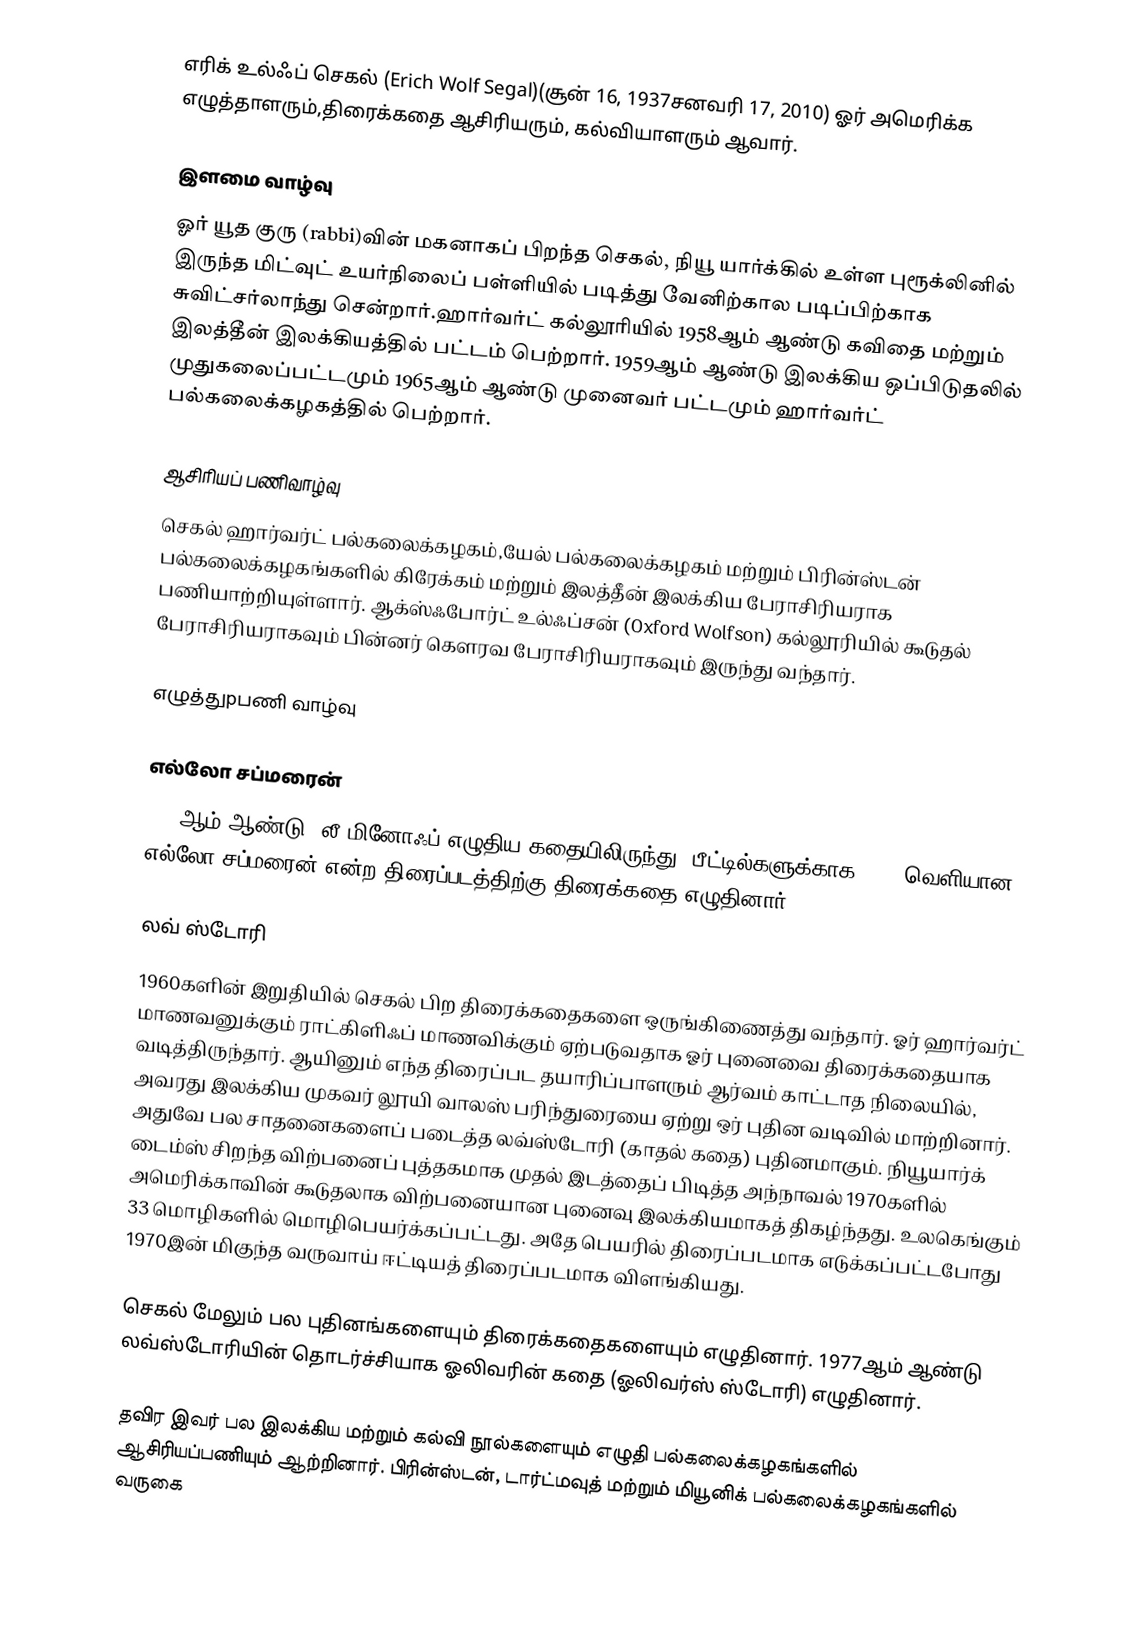
எரிக் உல்ஃப் செகல் (Erich Wolf Segal)(சூன் 16, 1937சனவரி 17, 2010) ஓர் அமெரிக்க எழுத்தாளரும்,திரைக்கதை ஆசிரியரும், கல்வியாளரும் ஆவார்.

இளமை வாழ்வு
ஓர் யூத குரு (rabbi)வின் மகனாகப் பிறந்த செகல், நியூ யார்க்கில் உள்ள புரூக்லினில் இருந்த மிட்வுட் உயர்நிலைப் பள்ளியில் படித்து வேனிற்கால படிப்பிற்காக சுவிட்சர்லாந்து சென்றார்.ஹார்வர்ட் கல்லூரியில் 1958ஆம் ஆண்டு கவிதை மற்றும் இலத்தீன் இலக்கியத்தில் பட்டம் பெற்றார். 1959ஆம் ஆண்டு இலக்கிய ஒப்பிடுதலில் முதுகலைப்பட்டமும் 1965ஆம் ஆண்டு முனைவர் பட்டமும் ஹார்வர்ட் பல்கலைக்கழகத்தில் பெற்றார்.

ஆசிரியப் பணிவாழ்வு
செகல் ஹார்வர்ட் பல்கலைக்கழகம்,யேல் பல்கலைக்கழகம் மற்றும் பிரின்ஸ்டன் பல்கலைக்கழகங்களில் கிரேக்கம் மற்றும் இலத்தீன் இலக்கிய பேராசிரியராக பணியாற்றியுள்ளார். ஆக்ஸ்ஃபோர்ட் உல்ஃப்சன் (Oxford Wolfson) கல்லூரியில் கூடுதல் பேராசிரியராகவும் பின்னர் கௌரவ பேராசிரியராகவும் இருந்து வந்தார்.

எழுத்துpபணி வாழ்வு

எல்லோ சப்மரைன்
1967ஆம் ஆண்டு, லீ மினோஃப் எழுதிய கதையிலிருந்து, பீட்டில்களுக்காக 1968 வெளியான எல்லோ சப்மரைன் என்ற திரைப்படத்திற்கு திரைக்கதை எழுதினார்.

லவ் ஸ்டோரி
1960களின் இறுதியில் செகல் பிற திரைக்கதைகளை ஒருங்கிணைத்து வந்தார். ஓர் ஹார்வர்ட் மாணவனுக்கும் ராட்கிளிஃப் மாணவிக்கும் ஏற்படுவதாக ஓர் புனைவை திரைக்கதையாக வடித்திருந்தார். ஆயினும் எந்த திரைப்பட தயாரிப்பாளரும் ஆர்வம் காட்டாத நிலையில், அவரது இலக்கிய முகவர் லூயி வாலஸ் பரிந்துரையை ஏற்று ஒர் புதின வடிவில் மாற்றினார். அதுவே பல சாதனைகளைப் படைத்த லவ்ஸ்டோரி (காதல் கதை) புதினமாகும். நியூயார்க் டைம்ஸ் சிறந்த விற்பனைப் புத்தகமாக முதல் இடத்தைப் பிடித்த அந்நாவல் 1970களில் அமெரிக்காவின் கூடுதலாக விற்பனையான புனைவு இலக்கியமாகத் திகழ்ந்தது. உலகெங்கும் 33 மொழிகளில் மொழிபெயர்க்கப்பட்டது. அதே பெயரில் திரைப்படமாக எடுக்கப்பட்டபோது 1970இன் மிகுந்த வருவாய் ஈட்டியத் திரைப்படமாக விளங்கியது.

செகல் மேலும் பல புதினங்களையும் திரைக்கதைகளையும் எழுதினார். 1977ஆம் ஆண்டு லவ்ஸ்டோரியின் தொடர்ச்சியாக ஓலிவரின் கதை (ஓலிவர்ஸ் ஸ்டோரி) எழுதினார்.

தவிர இவர் பல இலக்கிய மற்றும் கல்வி நூல்களையும் எழுதி பல்கலைக்கழகங்களில் ஆசிரியப்பணியும் ஆற்றினார். பிரின்ஸ்டன், டார்ட்மவுத் மற்றும் மியூனிக் பல்கலைக்கழகங்களில் வருகை